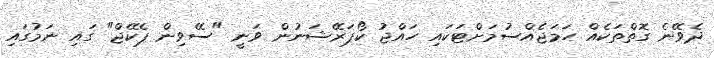
ދެވޭނެ ގޮތްތަކެއް ހަމަޖެއްސުމަށްޓަކައި ހައްޖު ކޯޕަރޭޝަނުން ވަނީ "ސޭވިން ޕެކޭޖް" ގައި ނަމުގައި